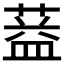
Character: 𦶩